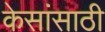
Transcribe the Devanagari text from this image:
केसांसाठी